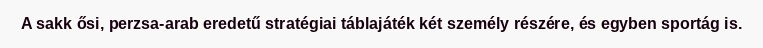
A sakk ősi, perzsa-arab eredetű stratégiai táblajáték két személy részére, és egyben sportág is.